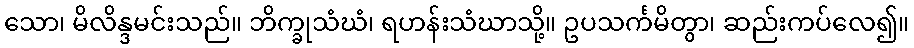
သော၊ မိလိန္ဒမင်းသည်။ ဘိက္ခုသံဃံ၊ ရဟန်းသံဃာသို့။ ဥပသင်္ကမိတွာ၊ ဆည်းကပ်လေ၍။